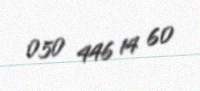
050 446 14 60